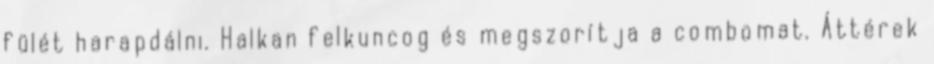
fülét harapdálni. Halkan felkuncog és megszorítja a combomat. Áttérek